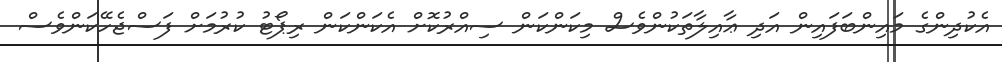
އެކުދިންގެ މައިންބަފައިން އަދި ޢާއިލާތަކުންވެސް މިކަންކަން ސިއްރުކޮށް އެކަންކަން ރިޕޯޓު ކުރުމަށް ފަސްޖެހޭކަންވެސް